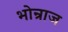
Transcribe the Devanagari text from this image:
भोन्राज